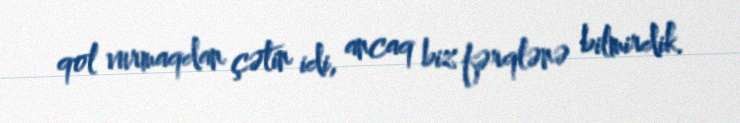
qol vurmaqdan çətin idi, ancaq biz fərqlənə bilmirdik.